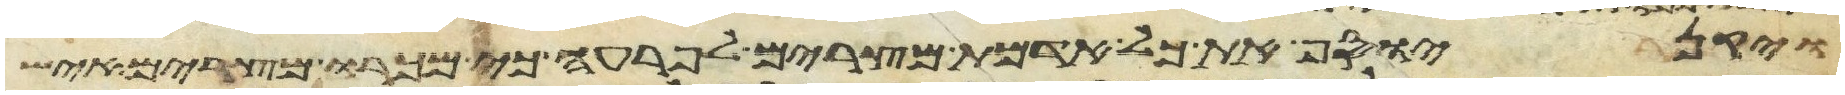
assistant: ויקן יוסף את כל אדמת מצרים לפרעה כי מכרו מצרים איש